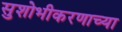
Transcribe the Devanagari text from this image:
सुशोभीकरणाच्या